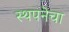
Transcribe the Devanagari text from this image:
स्थपनेचा